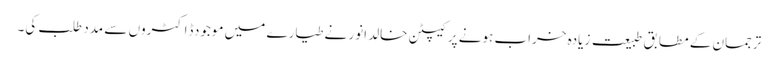
ترجمان کے مطابق طبیعت زیادہ خراب ہونے پر کیپٹن خالد انور نے طیارے میں موجودڈاکٹروں سے مدد طلب کی۔